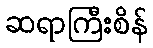
ဆရာကြီးစိန်